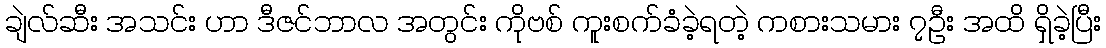
ချဲလ်ဆီး အသင်း ဟာ ဒီဇင်ဘာလ အတွင်း ကိုဗစ် ကူးစက်ခံခဲ့ရတဲ့ ကစားသမား ၇ဦး အထိ ရှိခဲ့ပြီး